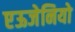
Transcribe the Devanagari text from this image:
एऊजेनियो